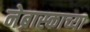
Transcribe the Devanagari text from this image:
नेब्रास्काच्या